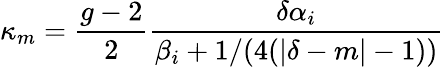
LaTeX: \kappa_{m}={\frac{g-2}{2}}{\frac{\delta\alpha_{i}}{\beta_{i}+1/(4(|\delta-m|-1))}}